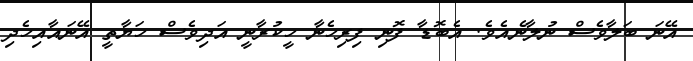
އޭނަ ބަލާވެސް ނުލާނެއެވެ. އެބޮޑާ ފޮނި ފިރިހެނާ ހީކުރާނީ އަދިވެސް ހަޔާތީ އޭނައާއިހެދި